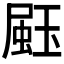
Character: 𤧤